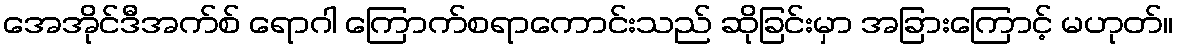
အေအိုင်ဒီအက်စ် ရောဂါ ကြောက်စရာကောင်းသည် ဆိုခြင်းမှာ အခြားကြောင့် မဟုတ်။